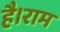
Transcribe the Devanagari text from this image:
है।राम